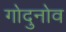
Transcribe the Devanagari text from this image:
गोदुनोव